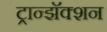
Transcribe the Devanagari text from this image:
ट्रान्झॅक्शन